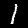
Digit: 1